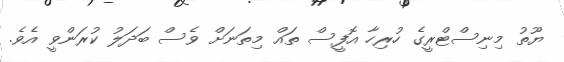
ޔޫތު މިނިސްޓްރީގެ ހުރިހާ އޮފީސް ތައް މިތަނަށް ވެސް ބަދަލު ކުރަންވީ އެވެ.